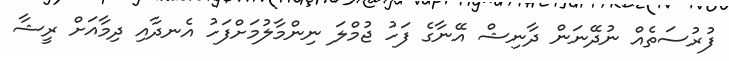
ފުރުސަތެއް ނުދޭނަން ދާނިޝް އޭނާގެ ފަހު ޖުމްލަ ނިންމާލުމަށްފަހު އެނދާއި ދިމާއަށް ރީޝާ